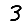
Digit: 3